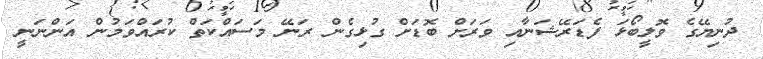
ދުނިޔޭގެ ވޮލީބޯޅަ ފެޑަރޭޝަނާއި ވަރަށް ބޮޑަށް ގުޅިގެން ރަނޭ މަސައްކަތް ކުރައްވަމުން އަންނަނީ